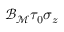
{ \mathcal { B } } _ { { \mathcal { M } } } \tau _ { 0 } \sigma _ { z }